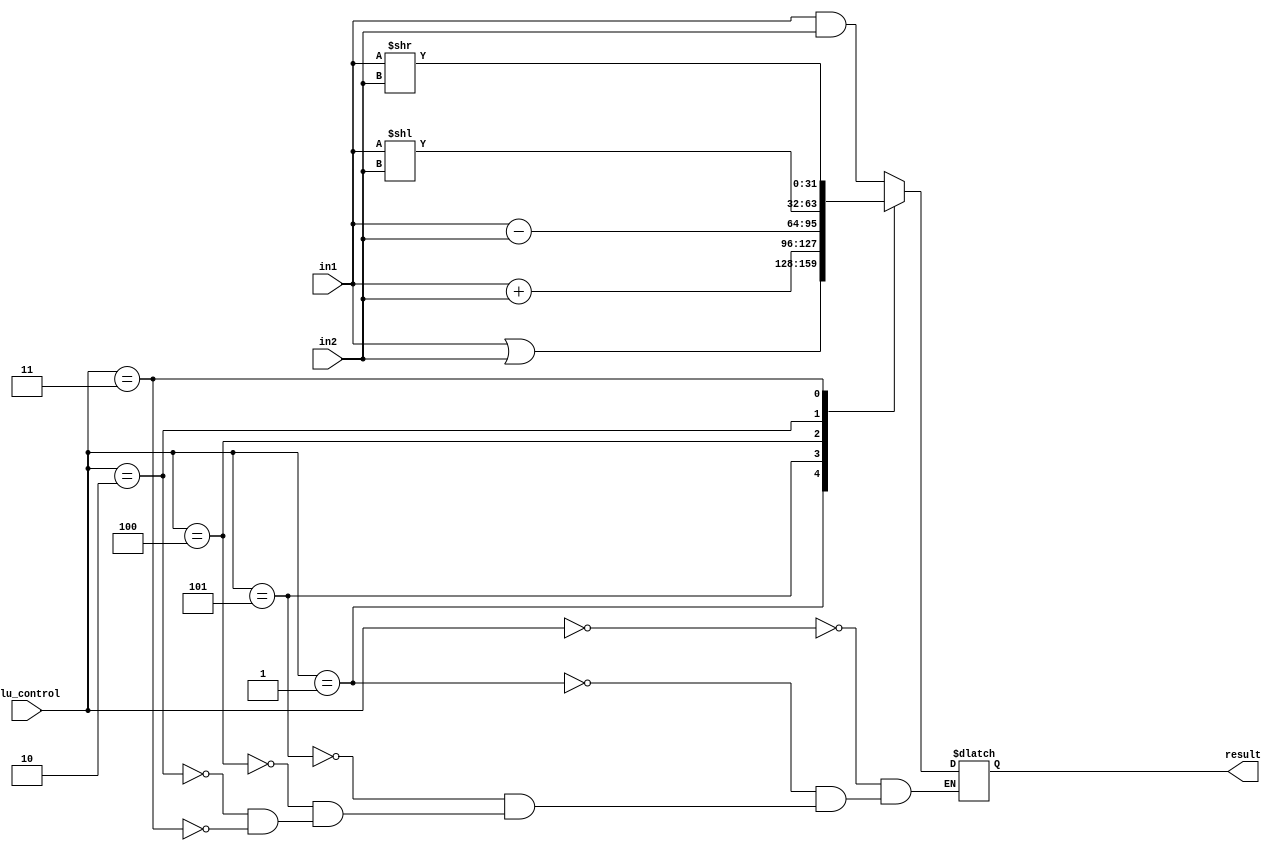
`timescale 1ns / 1ps
//////////////////////////////////////////////////////////////////////////////////
// Company: 
// Engineer: 
// 
// Design Name: 
// Module Name: ALU
// Project Name: 
// Target Devices: 
// Tool Versions: 
// Description: 
// 
// Dependencies: 
// 
// Revision:
// Revision 0.01 - File Created
// Additional Comments:
// 
//////////////////////////////////////////////////////////////////////////////////


module ALU(
   input wire[31:0] in1, in2,
   input wire[2:0] alu_control,
   output reg[31:0] result
   //output zero

    );
    

    
    always @(*)
       begin
        case(alu_control)
          3'b000 : result = in1 & in2; //and operation
          3'b001 : result = in1 | in2; //or operation
          3'b101 : result = in1 + in2; //addition operation
          3'b100 : result = in1 - in2; //subraction operation
          3'b010 : result = in1 << in2; //shift left operation
          3'b011 : result = in1 >> in2; //shift right operation
        endcase 
       end
       
       //zero flag condition
      // assign zero = (result == {32{1'b0}});
    
    
endmodule